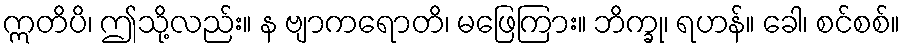
ဣတိပိ၊ ဤသို့လည်း။ န ဗျာကရောတိ၊ မဖြေကြား။ ဘိက္ခု၊ ရဟန်။ ခေါ၊ စင်စစ်။